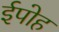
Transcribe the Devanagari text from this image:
ईपोह